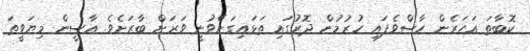
ކޮބާތަ އަހަރެން ހާސްވެފައި ހުރުމުން ދޮރުގައި ތަޅައިގަނެވުނީ ވަރަށް ބާރަށެވެ. އާސީން މިޔަވީތަ